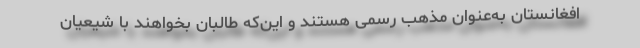
افغانستان به‌عنوان مذهب رسمی هستند و این‌که طالبان بخواهند با شیعیان